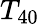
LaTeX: T_{40}